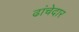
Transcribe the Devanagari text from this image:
ढांचेदार